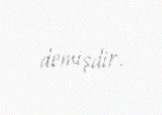
demişdir.